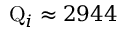
\mathrm { Q } _ { i } \approx 2 9 4 4